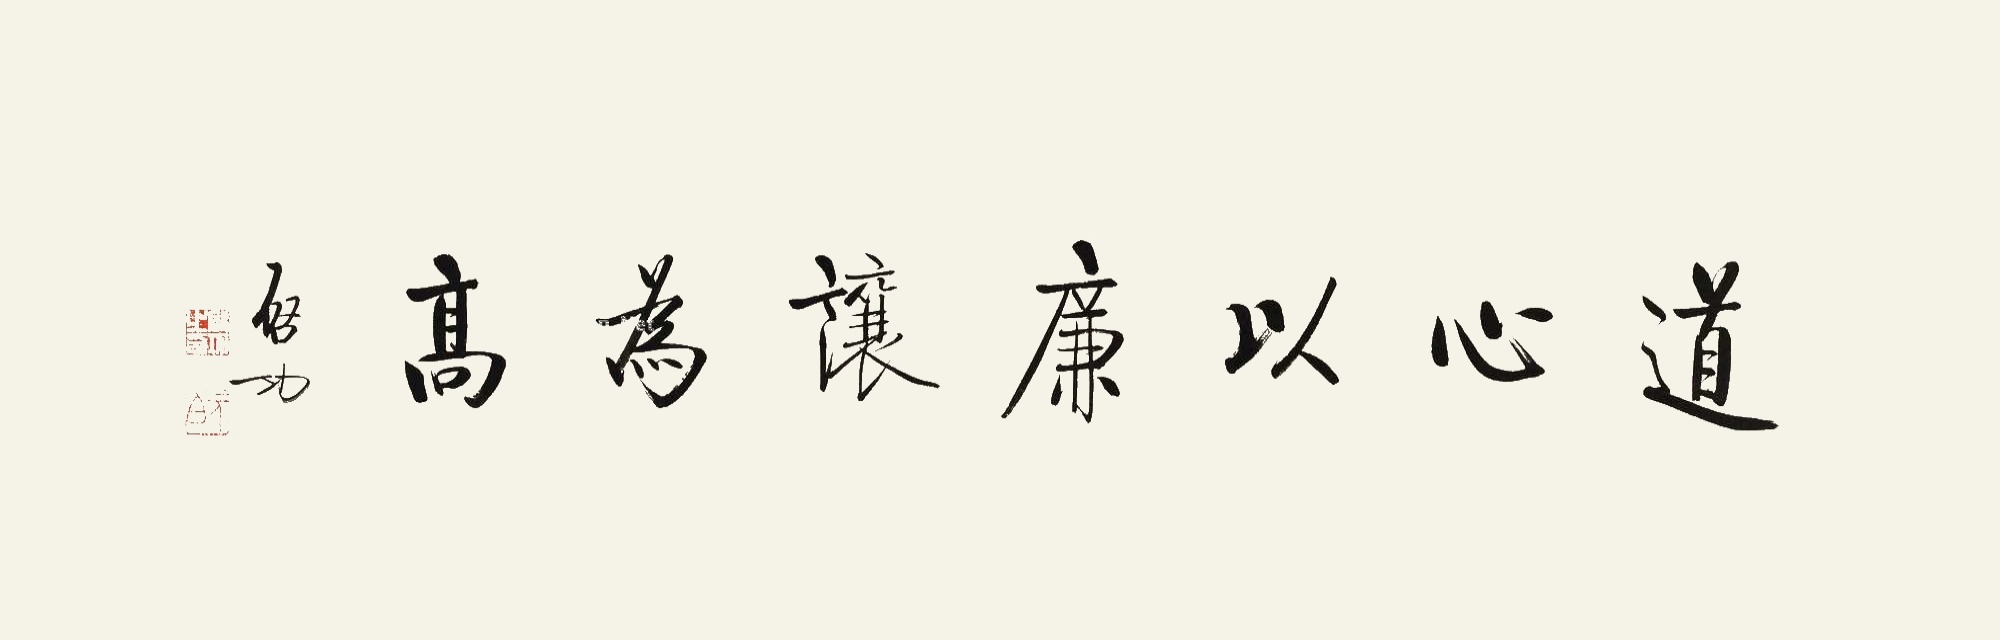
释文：道心以廉让为高启功。